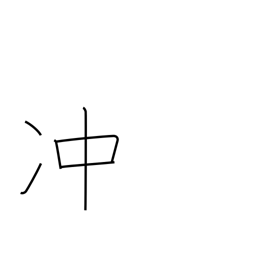
Meaning: rise high into sky